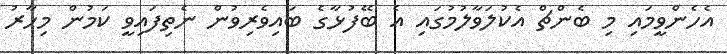
އެހެންވީމައި މި ބެންޗް އެކުލަވާލުމުގައި އެ ބޭފުޅާގެ ބައިވެރިވުން ނެތިފައިވީ ކަމުން މިހާރު